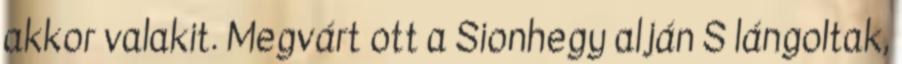
akkor valakit. Megvárt ott a Sionhegy alján S lángoltak,